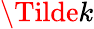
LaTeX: \Tilde{k}